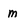
Character: M